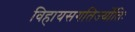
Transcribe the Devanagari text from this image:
विहायसगतिर्ज्योतिः